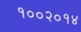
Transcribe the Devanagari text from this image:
१००२०१४